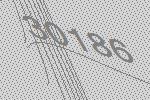
30186